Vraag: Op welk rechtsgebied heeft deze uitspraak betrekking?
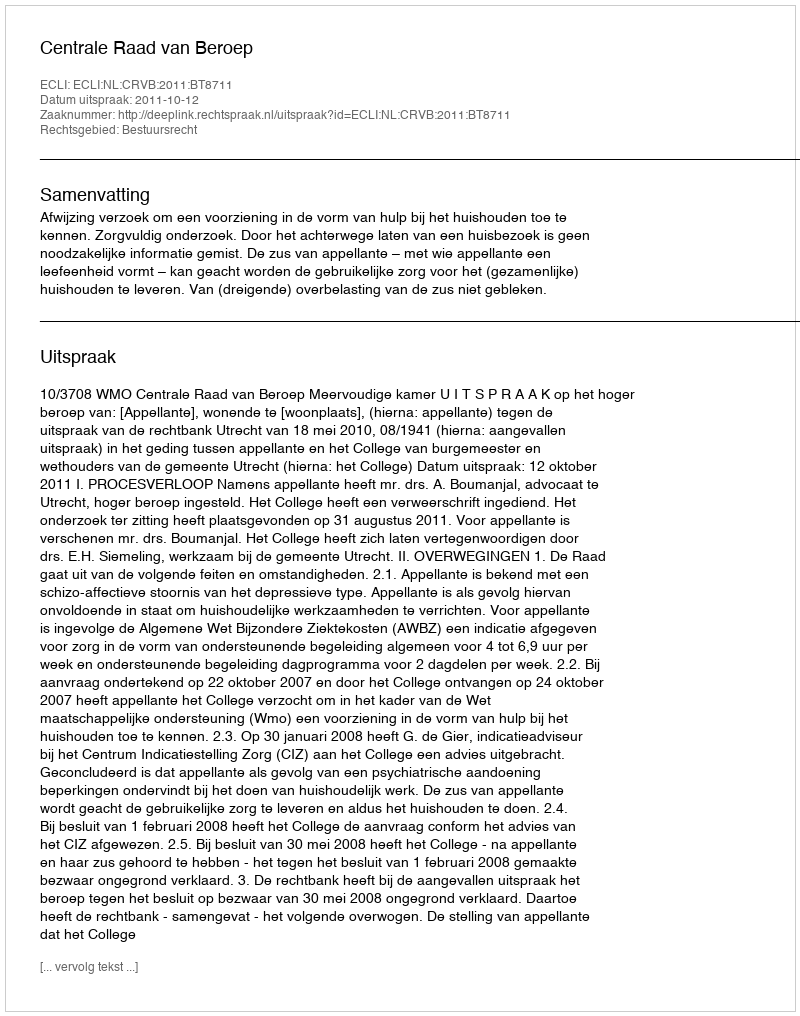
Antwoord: Bestuursrecht